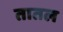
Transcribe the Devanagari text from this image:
तातल